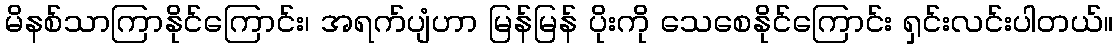
မိနစ်သာကြာနိုင်ကြောင်း၊ အရက်ပျံဟာ မြန်မြန် ပိုးကို သေစေနိုင်ကြောင်း ရှင်းလင်းပါတယ်။